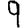
Digit: 9